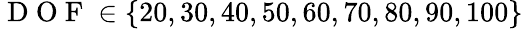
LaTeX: \mathrm{~D~O~F~}\in\{ 20,30,40,50,60,70,80,90,100\}